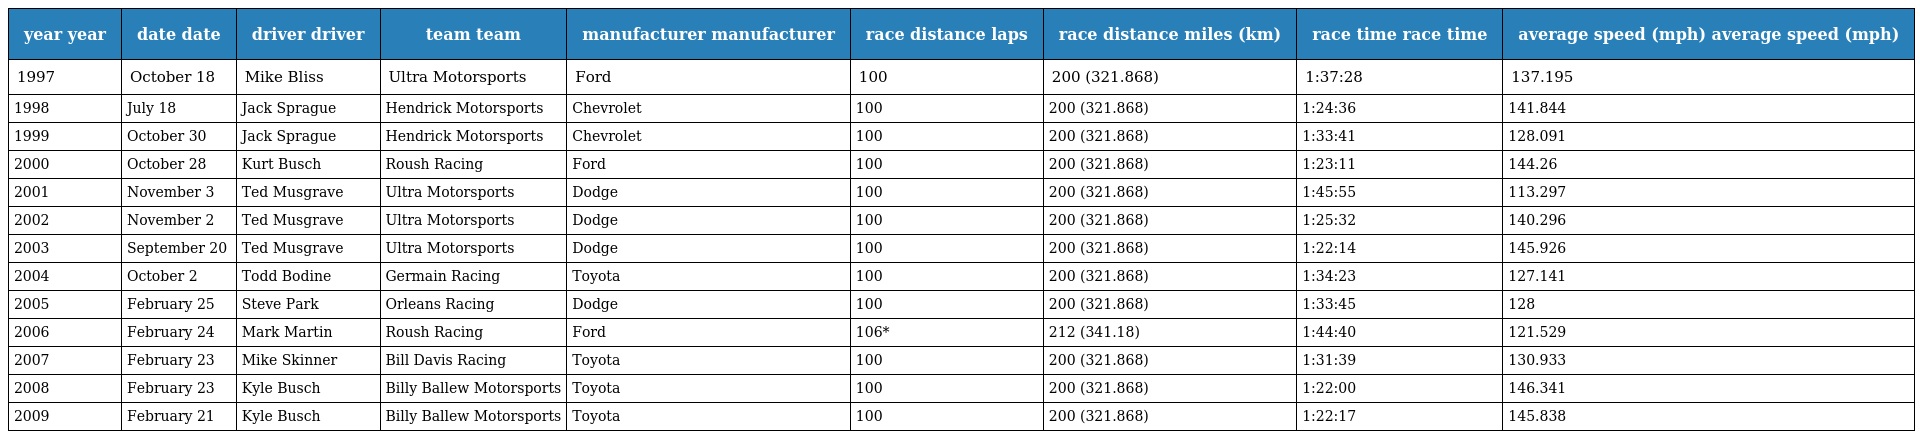
| year year | date date | driver driver | team team | manufacturer manufacturer | race distance laps | race distance miles (km) | race time race time | average speed (mph) average speed (mph) |
 | --- | --- | --- | --- | --- | --- | --- | --- | --- |
 | 1997 | October 18 | Mike Bliss | Ultra Motorsports | Ford | 100 | 200 (321.868) | 1:37:28 | 137.195 |
 | 1998 | July 18 | Jack Sprague | Hendrick Motorsports | Chevrolet | 100 | 200 (321.868) | 1:24:36 | 141.844 |
 | 1999 | October 30 | Jack Sprague | Hendrick Motorsports | Chevrolet | 100 | 200 (321.868) | 1:33:41 | 128.091 |
 | 2000 | October 28 | Kurt Busch | Roush Racing | Ford | 100 | 200 (321.868) | 1:23:11 | 144.26 |
 | 2001 | November 3 | Ted Musgrave | Ultra Motorsports | Dodge | 100 | 200 (321.868) | 1:45:55 | 113.297 |
 | 2002 | November 2 | Ted Musgrave | Ultra Motorsports | Dodge | 100 | 200 (321.868) | 1:25:32 | 140.296 |
 | 2003 | September 20 | Ted Musgrave | Ultra Motorsports | Dodge | 100 | 200 (321.868) | 1:22:14 | 145.926 |
 | 2004 | October 2 | Todd Bodine | Germain Racing | Toyota | 100 | 200 (321.868) | 1:34:23 | 127.141 |
 | 2005 | February 25 | Steve Park | Orleans Racing | Dodge | 100 | 200 (321.868) | 1:33:45 | 128 |
 | 2006 | February 24 | Mark Martin | Roush Racing | Ford | 106* | 212 (341.18) | 1:44:40 | 121.529 |
 | 2007 | February 23 | Mike Skinner | Bill Davis Racing | Toyota | 100 | 200 (321.868) | 1:31:39 | 130.933 |
 | 2008 | February 23 | Kyle Busch | Billy Ballew Motorsports | Toyota | 100 | 200 (321.868) | 1:22:00 | 146.341 |
 | 2009 | February 21 | Kyle Busch | Billy Ballew Motorsports | Toyota | 100 | 200 (321.868) | 1:22:17 | 145.838 |